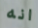
انه